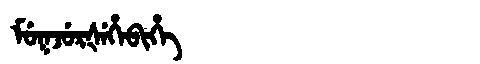
Manchu: ᠮᡠᡴᠵᡠᡵᡧᡝᡥᡝᠪᡳᡥᡝ
Romanization: MUKJURŠEHEBIHE